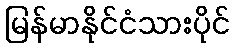
မြန်မာနိုင်ငံသားပိုင်